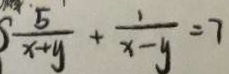
s \frac { 5 } { x + y } + \frac { 1 } { x - y } = 7